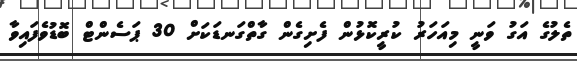
ތެލުގެ އަގު ވަނީ މިއަހަރު ކުރީކޮޅުން ފެށިގެން ގާތްގަނޑަކަށް 30 ޕަސެންޓް ބޮޑުވެފައިވާ